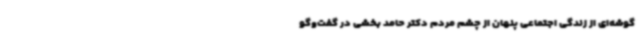
گوشه‌ای از زندگی اجتماعی پنهان از چشم مردم دکتر حامد بخشی در گفت‌وگو